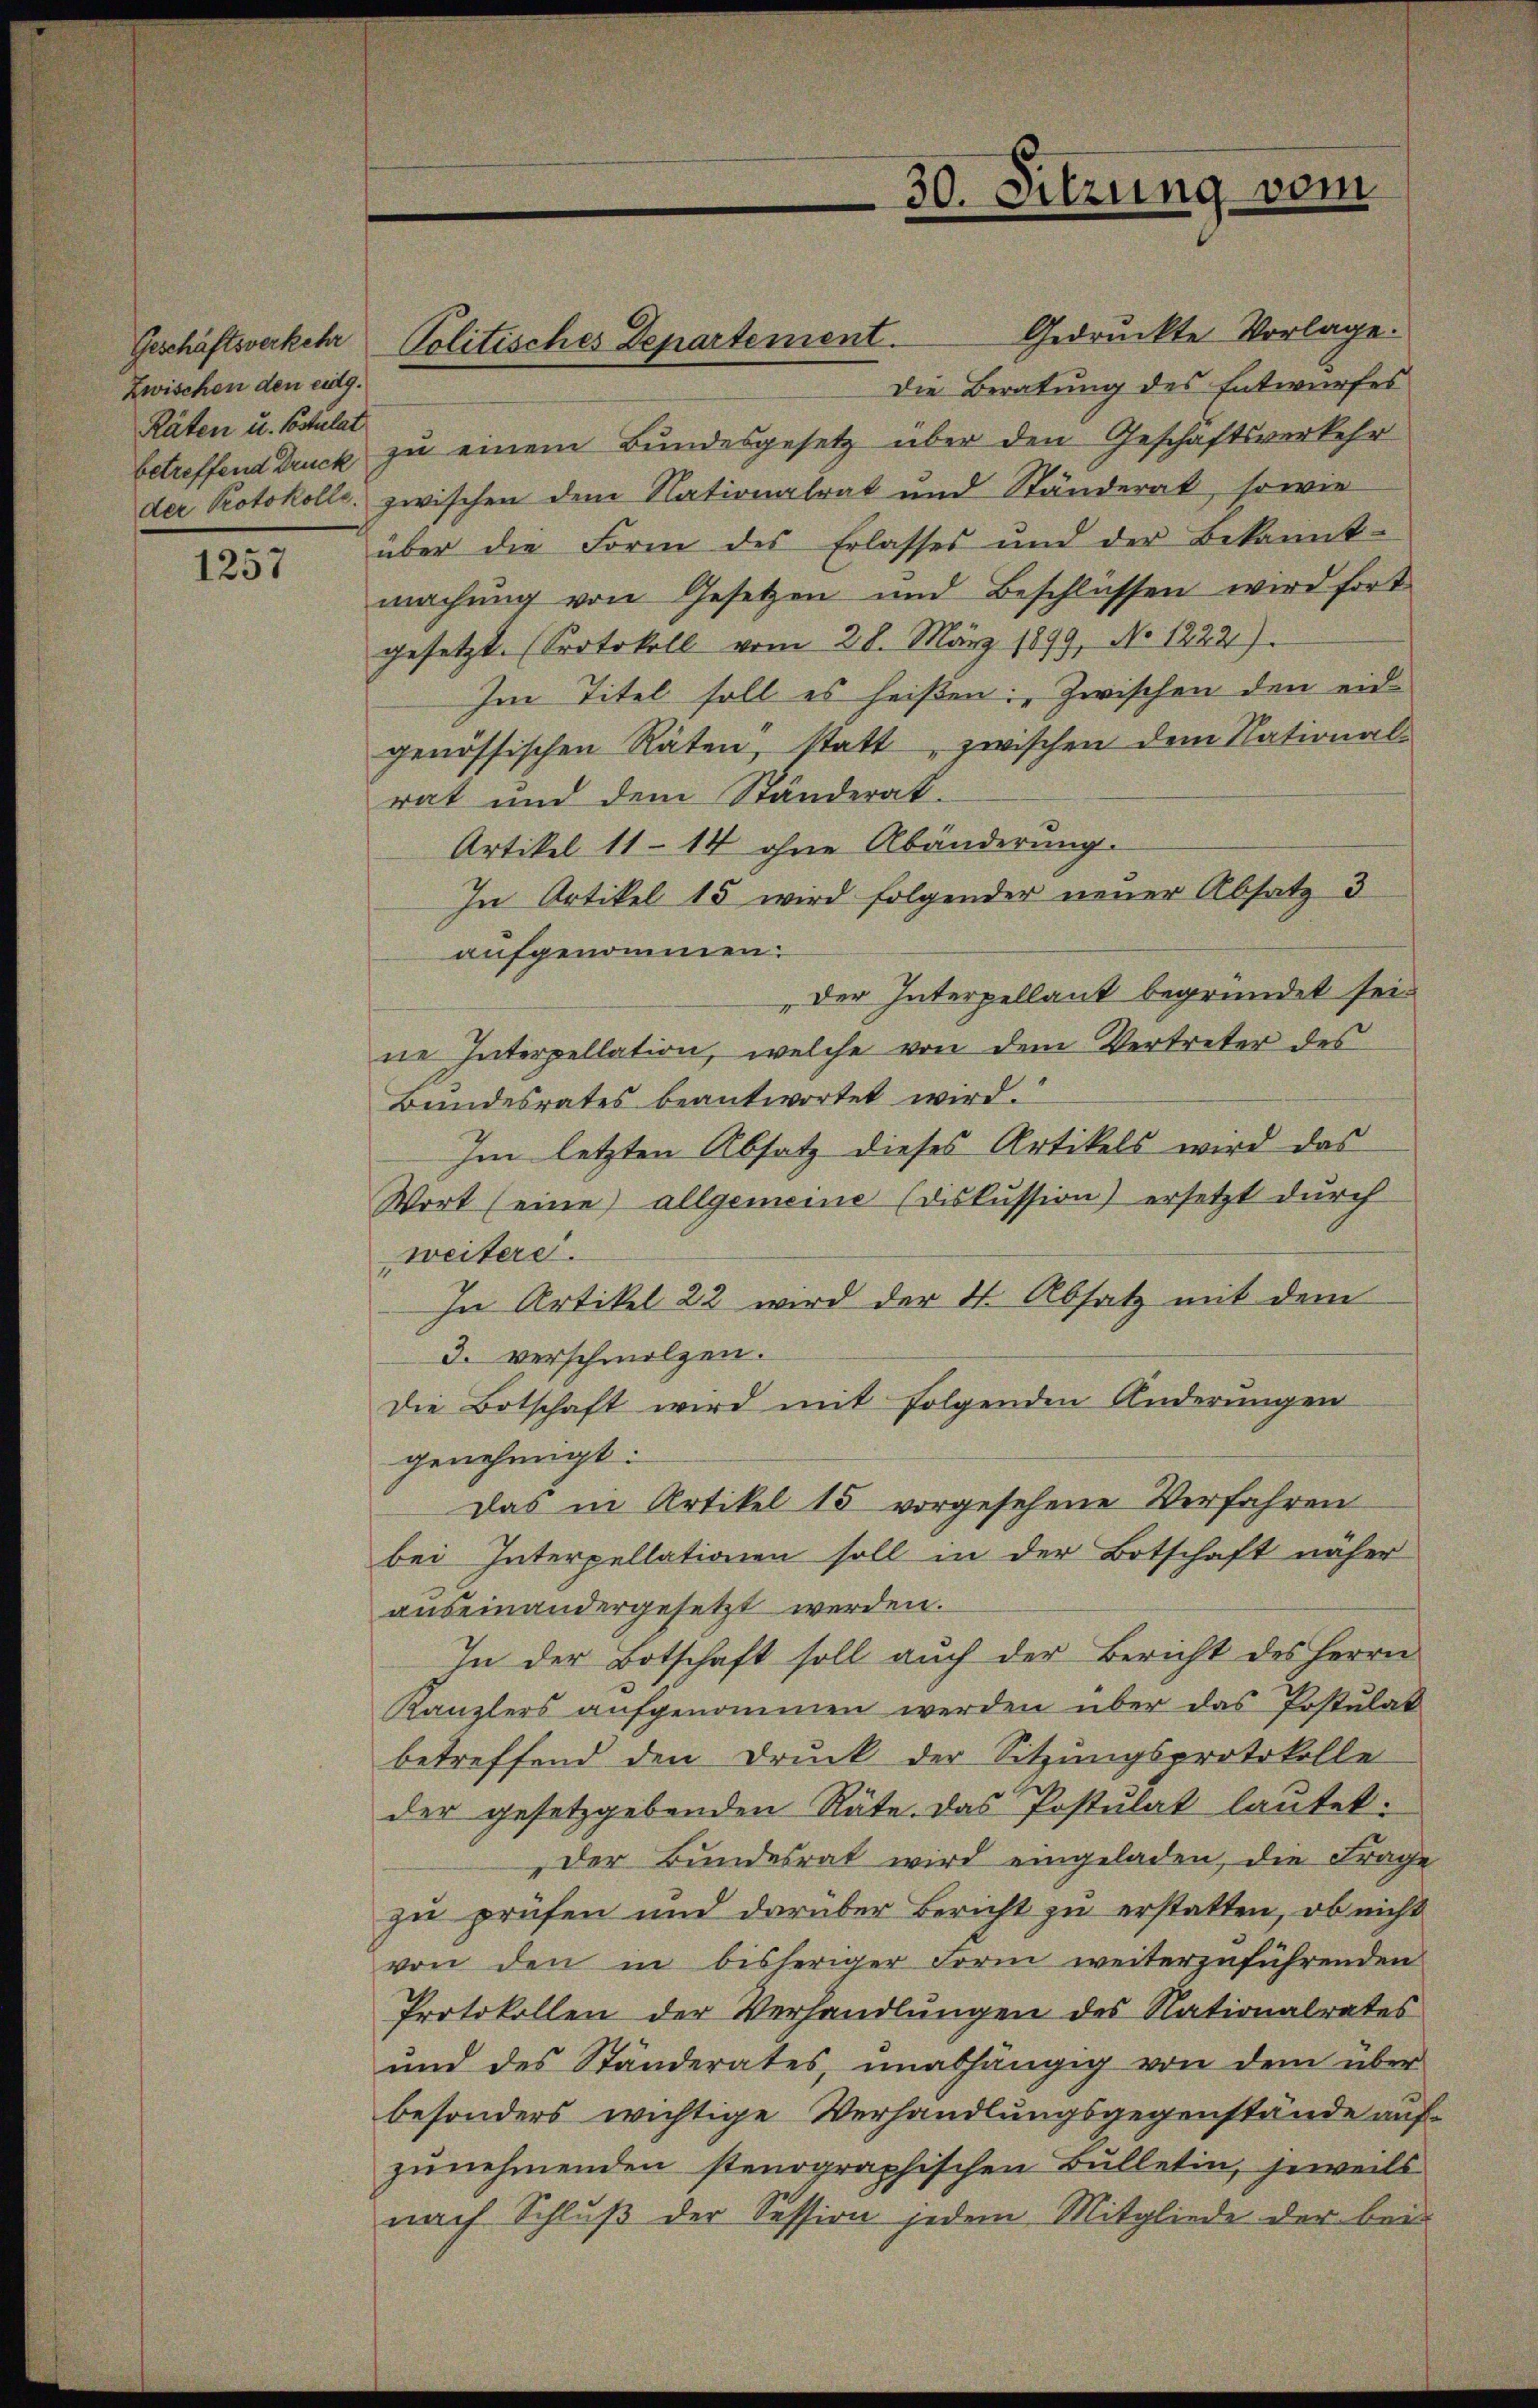
Zwischen den eidg.
Räten u. Postulat

1257

betreffend Druck zu einem Bundesgesetz über den Geschäftsverkehr
der Protokolle, zwischen dem Nationalrat und Ständerat, so wie
über die Form des Erlasses und der Bekannt
machung von Gesetzen und Beschlüssen wird fort
gesetzt. (Protokoll vom 28. März 1899, No 1222).
Im Titel soll es heißen: „Zwischen den eidgenössischen Räten, statt, zwischen dem National-
rat und dem Ständerat.
Artikel 11–14 ohne Abänderung.
In Artikel 15 wird folgender neuer Absatz 3
aufgenommen:
Der Interpellant begründet sei.
ne Interpellation, welche von dem Vertreter des
Bundesrates beantwortet wird.
Im letzten Absatz dieses Artikels wird das
Wort (eine allgemeine (diskussion) ersetzt durch
weitere.
In Artikel 22 wird der 4. Absatz mit dem
3. verschmolzen.
Die Botschaft wird mit folgenden Änderungen
genehmigt:
Das in Artikel 15 vorgesehene Verfahren
bei Interpellationen soll in der Botschaft näher
auseinandergesetzt werden.
In der Botschaft soll auch der Bericht des Herrn
Kanzlers aufgenommen werden über das Postulat
betreffend den Druck der Sitzungsprotokolle
der gesetzgebenden Räte. Das Postulat lautet:
der Bundesrat wird eingeladen, die Frage
zu prüfen und darüber Bericht zu erstatten, ob nicht
von den in bisheriger Form weiterzuführenden
Protokollen der Verhandlungen des Nationalrates
und des Ständerates, unabhängig von dem über
besonders wichtige Verhandlungsgegenstände aufzunehmenden stenographischen Bulletin, jeweils
nach Schluß der Session jedem Mitgliede der bei

Geschäftsverkehr Politisches Departement.

30. Sitzung vom

Gedruckte Vorlage.
Die Beratung des Entwurfes